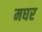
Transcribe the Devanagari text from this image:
मघर